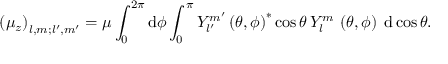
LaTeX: \left( \mu _ { z } \right) _ { l , m ; l ^ { \prime } , m ^ { \prime } } = \mu \int _ { 0 } ^ { 2 \pi } \mathrm { d } \phi \int _ { 0 } ^ { \pi } Y _ { l ^ { \prime } } ^ { m ^ { \prime } } \left( \theta , \phi \right) ^ { * } \cos \theta \, Y _ { l } ^ { m } \, \left( \theta , \phi \right) \; \mathrm { d } \cos \theta .